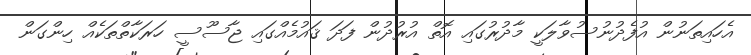
އެހައިތަނުން އުފެދުނުސުވާލަކީ މާދުރުގައި އޮތް އުރުދުން ފަދަ ޤައުމެއްގައި ޖާސޫސީ ހަރަކާތްތަކެއް ހިންގަން